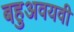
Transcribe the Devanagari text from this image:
बहुअवयवी